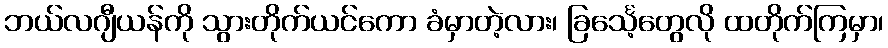
ဘယ်လဂျီယန်ကို သွားတိုက်ယင်ကော ခံမှာတဲ့လား၊ ခြင်္သေ့တွေလို ထတိုက်ကြမှာ၊